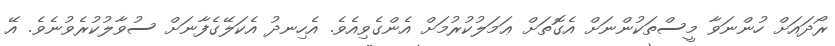
ރޯދައަށް ހުންނަވާ މީސްތަކުންނަށް އެގޮތަށް ޢަމަލުކުރުމަށް އެންގެވިއެވެ. އެހިނދު އެކަލޭގެފާނަށް ސުވާލުކުރެވުނެވެ. އޭ